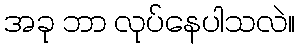
အခု ဘာ လုပ်နေပါသလဲ။